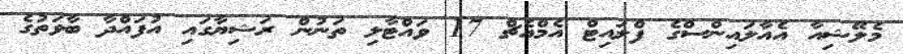
މެލޭޝިއާ އެއާލައިންސްގެ ފްލައިޓް އެމްއެޗް 17 ވައްޓާލި ތަނުން ރަޝިޔާގައި އުފައްދާ ބާވަތުގެ